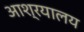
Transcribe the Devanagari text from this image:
आश्रयालय